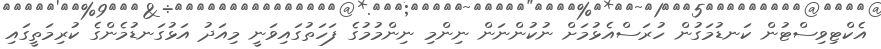
އެކްޓިވިސްޓުން ކަނޑުމަގުން ހުރަސްއެޅުމަށް ނުކުންނަން ނިންމި ނިންމުމުގެ ފަހަތުގައިވަނީ މިއަދު އަޅުގަނޑުމެންގެ ކުރިމަތީގައި